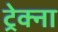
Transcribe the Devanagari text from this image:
ट्रेक्ना